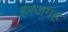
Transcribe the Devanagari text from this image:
हरजगह